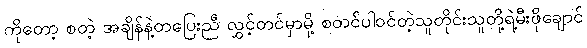
ကိုတော့ စတဲ့ အချိန်နဲ့တပြေးညီ လွှင့်တင်မှာမို့ စတင်ပါ၀င်တဲ့သူတိုင်းသူတို့ရဲ့မီးဖိုချောင်